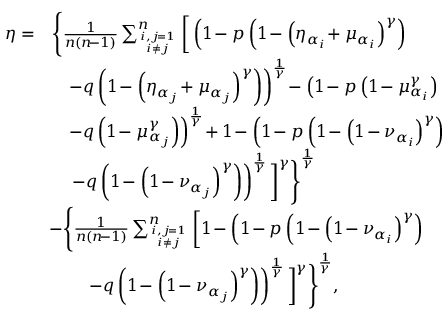
\begin{array} { r l } { \eta = } & { \Bigg \{ \frac { 1 } { n ( n \! - 1 ) } \sum _ { i , j \! = 1 \atop i \neq j } ^ { n } \bigg [ \left( 1 \! - p \left( 1 \! - \left( \eta _ { \alpha _ { i } } \! + \mu _ { \alpha _ { i } } \right) ^ { \gamma } \right) \right. \bigg . \Bigg . } \\ & { \quad \left. \! - q \left( 1 \! - \left( \eta _ { \alpha _ { j } } \! + \mu _ { \alpha _ { j } } \right) ^ { \gamma } \right) \right) ^ { \frac { 1 } { \gamma } } \! - \left( 1 \! - p \left( 1 \! - \mu _ { \alpha _ { i } } ^ { \gamma } \right) \right. } \\ & { \quad \left. \! - q \left( 1 \! - \mu _ { \alpha _ { j } } ^ { \gamma } \right) \right) ^ { \frac { 1 } { \gamma } } \! + 1 \! - \left( 1 \! - p \left( 1 \! - \left( 1 \! - \nu _ { \alpha _ { i } } \right) ^ { \gamma } \right) \right. } \\ & { \quad \Bigg . \bigg . \left. \! - q \left( 1 \! - \left( 1 \! - \nu _ { \alpha _ { j } } \right) ^ { \gamma } \right) \right) ^ { \frac { 1 } { \gamma } } \bigg ] ^ { \gamma } \Bigg \} ^ { \frac { 1 } { \gamma } } } \\ & { \! - \Bigg \{ \frac { 1 } { n ( n \! - 1 ) } \sum _ { i , j \! = 1 \atop i \neq j } ^ { n } \bigg [ 1 \! - \left( 1 \! - p \left( 1 \! - \left( 1 \! - \nu _ { \alpha _ { i } } \right) ^ { \gamma } \right) \right. \bigg . \Bigg . } \\ & { \quad \quad \Bigg . \bigg . \left. \! - q \left( 1 \! - \left( 1 \! - \nu _ { \alpha _ { j } } \right) ^ { \gamma } \right) \right) ^ { \frac { 1 } { \gamma } } \bigg ] ^ { \gamma } \Bigg \} ^ { \frac { 1 } { \gamma } } , } \end{array}